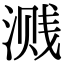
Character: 溅